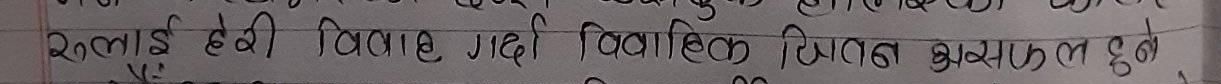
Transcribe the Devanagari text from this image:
यसलाई हेरी विवाह गरेकी बौलिक जीवन असफल हुने